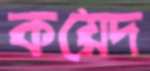
কয়েদ